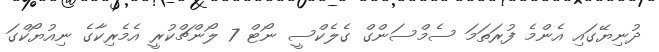
ދުނިޔޭގައި އެންމެ ފުރަތަމަ ސެމްސަންގް ގެލެކްސީ ނޯޓް 7 ލޯންޗްކުރީ އެމެރިކާގެ ނިއުޔޯކްގަ